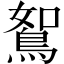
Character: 鴽